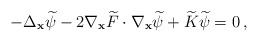
LaTeX: \begin{align*} -\Delta_{\bf x}\widetilde\psi-2\nabla_{\bf x} \widetilde{F}\cdot\nabla_{\bf x}\widetilde\psi+\widetilde{K}\widetilde\psi=0\,, \end{align*}